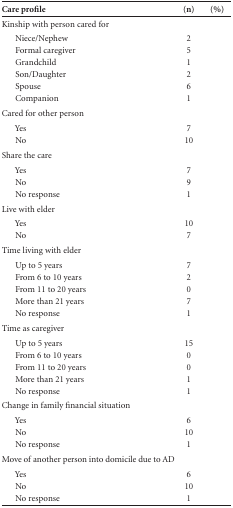
<table><thead><tr><td><b>Care profile</b></td><td><b>(n)</b></td><td><b>(%)</b></td></tr></thead><tbody><tr><td>Kinship with person cared for</td><td>[EMPTY_CELL]</td><td>[EMPTY_CELL]</td></tr><tr><td>Niece/Nephew</td><td>2</td><td>[EMPTY_CELL]</td></tr><tr><td>Formal caregiver</td><td>5</td><td>[EMPTY_CELL]</td></tr><tr><td>Grandchild</td><td>1</td><td>[EMPTY_CELL]</td></tr><tr><td>Son/Daughter</td><td>2</td><td>[EMPTY_CELL]</td></tr><tr><td>Spouse</td><td>6</td><td>[EMPTY_CELL]</td></tr><tr><td>Companion</td><td>1</td><td>[EMPTY_CELL]</td></tr><tr><td>Cared for other person</td><td>[EMPTY_CELL]</td><td>[EMPTY_CELL]</td></tr><tr><td>Yes</td><td>7</td><td>[EMPTY_CELL]</td></tr><tr><td>No</td><td>10</td><td>[EMPTY_CELL]</td></tr><tr><td>Share the care</td><td>[EMPTY_CELL]</td><td>[EMPTY_CELL]</td></tr><tr><td>Yes</td><td>7</td><td>[EMPTY_CELL]</td></tr><tr><td>No</td><td>9</td><td>[EMPTY_CELL]</td></tr><tr><td>No response</td><td>1</td><td>[EMPTY_CELL]</td></tr><tr><td>Live with elder</td><td>[EMPTY_CELL]</td><td>[EMPTY_CELL]</td></tr><tr><td>Yes</td><td>10</td><td>[EMPTY_CELL]</td></tr><tr><td>No</td><td>7</td><td>[EMPTY_CELL]</td></tr><tr><td>Time living with elder</td><td>[EMPTY_CELL]</td><td>[EMPTY_CELL]</td></tr><tr><td>Up to 5 years</td><td>7</td><td>[EMPTY_CELL]</td></tr><tr><td>From 6 to 10 years</td><td>2</td><td>[EMPTY_CELL]</td></tr><tr><td>From 11 to 20years</td><td>0</td><td>[EMPTY_CELL]</td></tr><tr><td>More than 21 years</td><td>7</td><td>[EMPTY_CELL]</td></tr><tr><td>No response</td><td>1</td><td>[EMPTY_CELL]</td></tr><tr><td>Time as caregiver</td><td>[EMPTY_CELL]</td><td>[EMPTY_CELL]</td></tr><tr><td>Up to 5 years</td><td>15</td><td>[EMPTY_CELL]</td></tr><tr><td>From 6 to 10 years</td><td>0</td><td>[EMPTY_CELL]</td></tr><tr><td>From 11 to 20years</td><td>0</td><td>[EMPTY_CELL]</td></tr><tr><td>More than 21 years</td><td>1</td><td>[EMPTY_CELL]</td></tr><tr><td>No response</td><td>1</td><td>[EMPTY_CELL]</td></tr><tr><td>Change in family financial situation</td><td>[EMPTY_CELL]</td><td>[EMPTY_CELL]</td></tr><tr><td>Yes</td><td>6</td><td>[EMPTY_CELL]</td></tr><tr><td>No</td><td>10</td><td>[EMPTY_CELL]</td></tr><tr><td>No response</td><td>1</td><td>[EMPTY_CELL]</td></tr><tr><td>Move of another person into domicile due to AD</td><td>[EMPTY_CELL]</td><td>[EMPTY_CELL]</td></tr><tr><td>Yes</td><td>6</td><td>[EMPTY_CELL]</td></tr><tr><td>No</td><td>10</td><td>[EMPTY_CELL]</td></tr><tr><td>No response</td><td>1</td><td>[EMPTY_CELL]</td></tr></tbody></table>